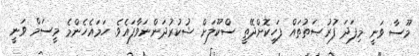
މޫސާ ވަނީ މިފަދަ ފުރުޞަތުތައް ފަހިކޮށްދޭތީ ސްކޫލަށް ޝުކުރުދަންނަވާފައެވެ. ހަމައެހެންމެ މީސަމް ވަނީ